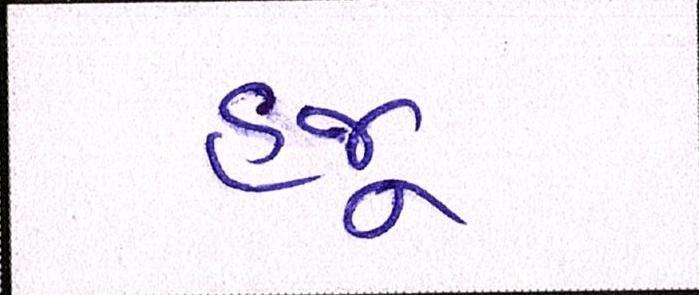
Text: હજૂ